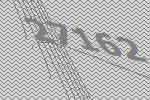
27162